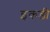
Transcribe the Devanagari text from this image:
इकडी